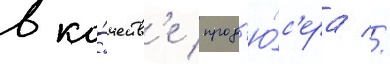
в ка́честв'е прод'ю́с'ера //